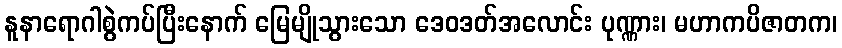
နူနာရောဂါစွဲကပ်ပြီးနောက် မြေမျိုသွားသော ဒေဝဒတ်အလောင်း ပုဏ္ဏား၊ မဟာကပိဇာတက၊